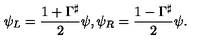
\psi _ { L } = \frac { 1 + \Gamma ^ { \sharp } } { 2 } \psi , \psi _ { R } = \frac { 1 - \Gamma ^ { \sharp } } { 2 } \psi .